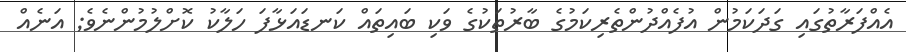
އެއްފަރާތުގައި ގަދަކަމުން އުފެއްދުންތެރިކަމުގެ ބާރުތަކުގެ ވަކި ބައިތައް ކަނޑައަޅާފަ ހަލާކު ކޮށްލުމުންނެވެ; އަނެއް